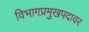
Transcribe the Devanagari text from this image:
विभागप्रमुखपदावर